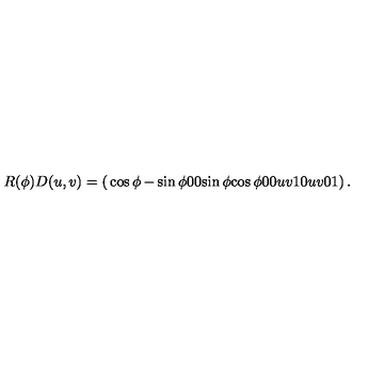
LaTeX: R ( \phi ) D ( u , v ) = \left( \begin{matrix} { \cos \phi } & { - \sin \phi } & { 0 } & { 0 } \\ { \sin \phi } & { \cos \phi } & { 0 } & { 0 } \\ { u } & { v } & { 1 } & { 0 } \\ { u } & { v } & { 0 } & { 1 } \\ \end{matrix} \right) .